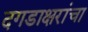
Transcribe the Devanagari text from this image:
दगडाक्षरांचा